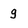
Character: g